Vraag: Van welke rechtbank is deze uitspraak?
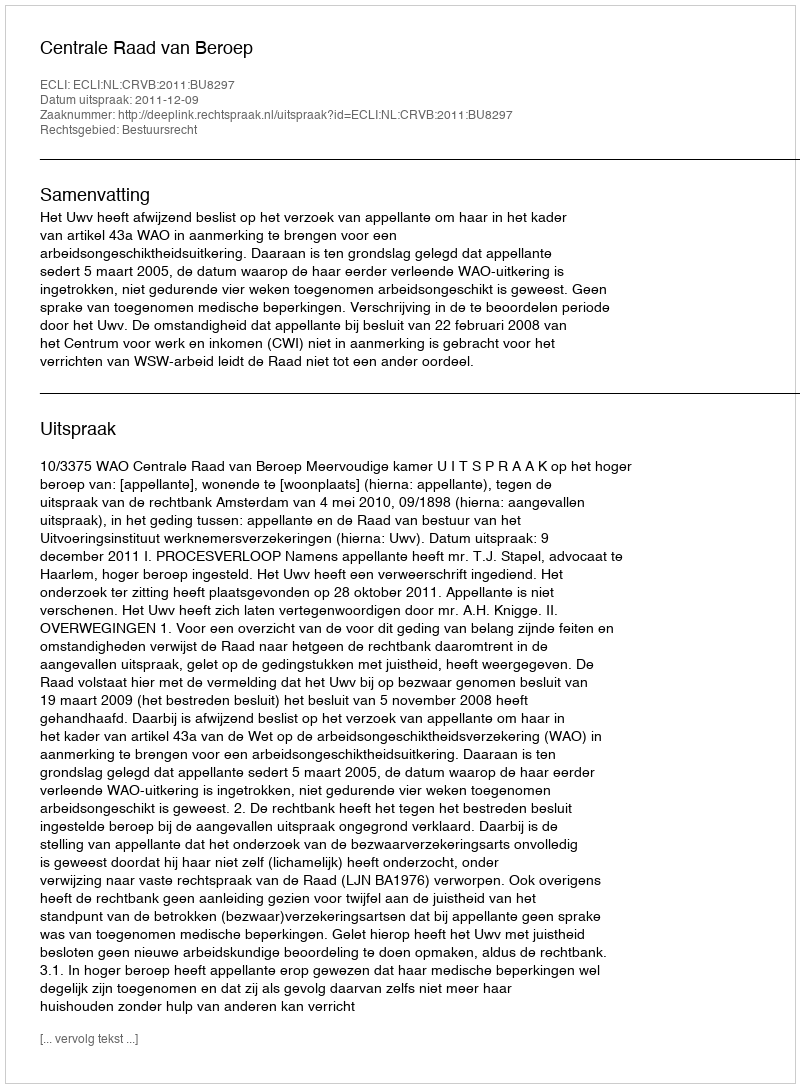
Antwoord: Centrale Raad van Beroep